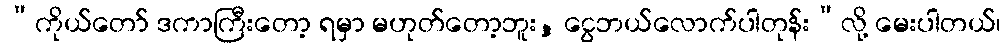
“ကိုယ်တော် ဒကာကြီးတော့ ရမှာ မဟုတ်တော့ဘူး, ငွေဘယ်လောက်ပါတုန်း”လို့ မေးပါတယ်၊